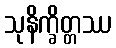
သုနိက္ခိတ္တဿ